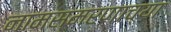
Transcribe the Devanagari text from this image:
नामस्मरणाच्या